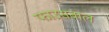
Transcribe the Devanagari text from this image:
फाउसबाल